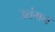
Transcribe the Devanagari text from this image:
उत्तंगन